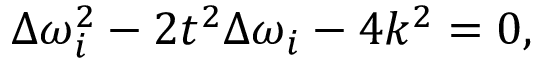
\Delta \omega _ { i } ^ { 2 } - 2 t ^ { 2 } \Delta \omega _ { i } - 4 k ^ { 2 } = 0 ,